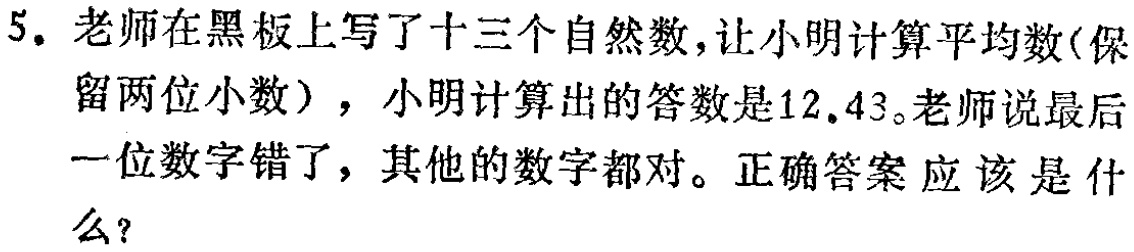
5. 老师在黑板上写了十三个自然数，让小明计算平均数(保留两位小数)，小明计算出的答数是12.43。老师说最后一位数字错了，其他的数字都对。正确答案应该是什么？